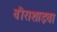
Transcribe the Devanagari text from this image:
वीराशाइवा